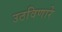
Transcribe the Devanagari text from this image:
उठविणारे